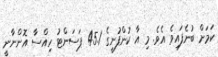
ކަމަށް ބުނެފައިވެ އެވެ. މި އާ ކުންފުނީގެ 45.1 ޕަސަންޓު ހިއްސާ އޮންނާނީ